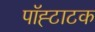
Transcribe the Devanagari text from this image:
पॉह्टाटक